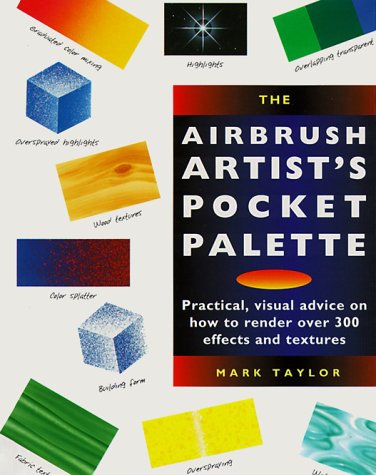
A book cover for Airbrush Artist's Pocket Palette (Pocket Palette Series); Mark Taylor; Arts & Photography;